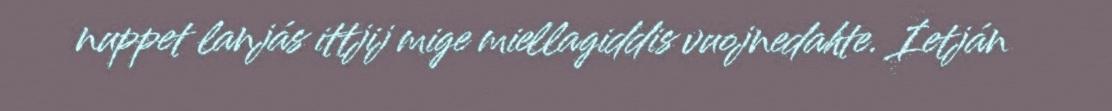
nuppet lanjás ittjij mige miellagiddis vuojnedahte. Ietján